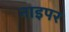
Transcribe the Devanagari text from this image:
नाइपर